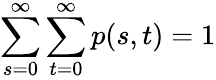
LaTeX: \sum_{s=0}^{\infty}\sum_{t=0}^{\infty}p(s,t)=1